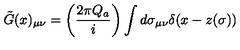
\tilde { G } ( x ) _ { \mu \nu } = \left( \frac { 2 \pi Q _ { a } } { i } \right) \int d \sigma _ { \mu \nu } \delta ( x - z ( \sigma ) )